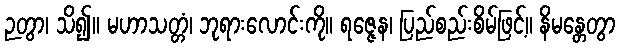
ဉတွာ၊ သိ၍။ မဟာသတ္တံ၊ ဘုရားလောင်းကို။ ရဇ္ဇေန၊ ပြည်စည်းစိမ်ဖြင့်။ နိမန္တေတွာ